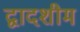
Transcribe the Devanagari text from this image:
द्वादशीम